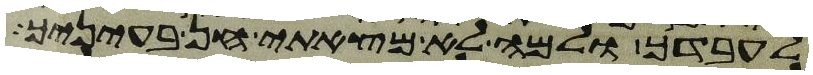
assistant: לעבדך ולמה לא מצאתי חן בעיניך